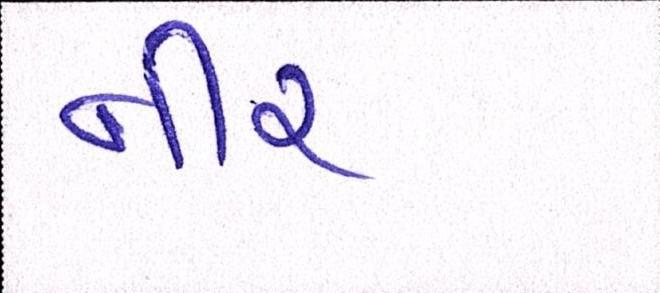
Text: નીર